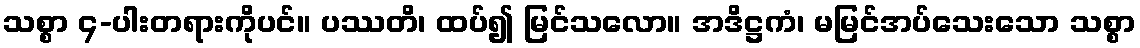
သစ္စာ ၄-ပါးတရားကိုပင်။ ပဿတိ၊ ထပ်၍ မြင်သလော။ အဒိဋ္ဌကံ၊ မမြင်အပ်သေးသော သစ္စာ